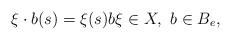
LaTeX: \begin{align*}\xi\cdot b(s)=\xi(s)b\xi\in X,\ b\in B_e,\end{align*}